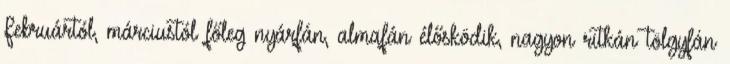
Februártól, márciustól főleg nyárfán, almafán élősködik, nagyon ritkán tölgyfán